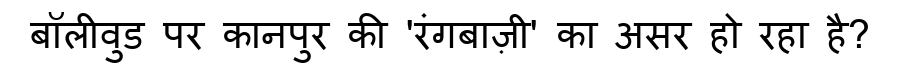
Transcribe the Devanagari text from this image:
बॉलीवुड पर कानपुर की 'रंगबाज़ी' का असर हो रहा है?